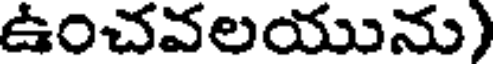
ఉంచవలయును)